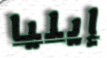
إيليا